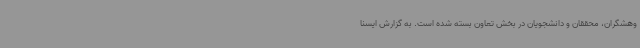
وهشگران، محققان و دانشجویان در بخش تعاون بسته شده است. به گزارش ایسنا